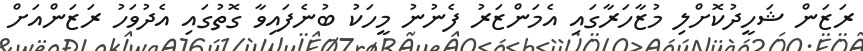
ރަޒަން ޝަހީދުކޮށްލި މުޒާހަރާގައި އެމަންޒަރު ފެނުނު މީހަކު ބުނެފައިވާ ގޮތުގައި އެދުވަހު ރަޒަންއަށް